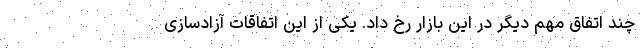
چند اتفاق مهم دیگر در این بازار رخ داد. یکی از این اتفاقات آزادسازی